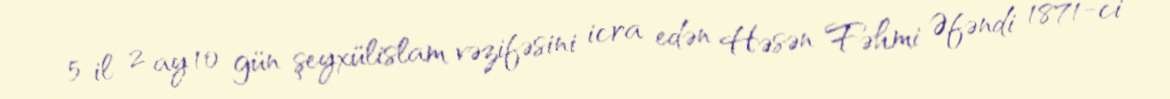
5 il 2 ay 10 gün şeyxülislam vəzifəsini icra edən Həsən Fəhmi Əfəndi 1871-ci